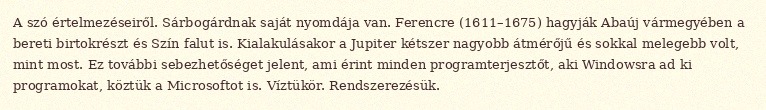
A szó értelmezéseiről. Sárbogárdnak saját nyomdája van. Ferencre (1611–1675) hagyják Abaúj vármegyében a bereti birtokrészt és Szín falut is. Kialakulásakor a Jupiter kétszer nagyobb átmérőjű és sokkal melegebb volt, mint most. Ez további sebezhetőséget jelent, ami érint minden programterjesztőt, aki Windowsra ad ki programokat, köztük a Microsoftot is. Víztükör. Rendszerezésük.